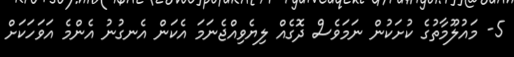
5- މައުލޫމާތުގެ ކުށަކުން ނަމަވެސް ދޮގެއް ލިޔެވިއްޖެނަމަ އެކަން އެނގުނު އެންމެ އަވަހަކަށް